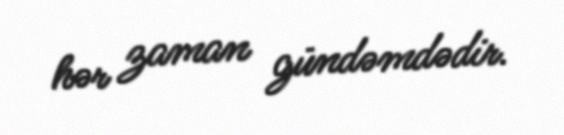
hər zaman gündəmdədir.